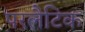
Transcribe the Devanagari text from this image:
परलैटिक